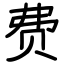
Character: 费